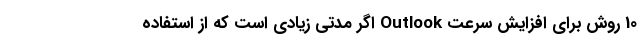
10 روش برای افزایش سرعت Outlook اگر مدتی زیادی است که از استفاده